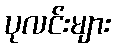
ပုလင်းများ